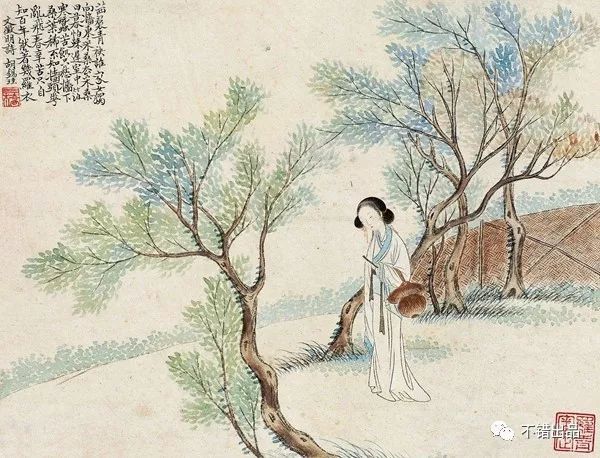
隰桑有阿，其叶有幽。